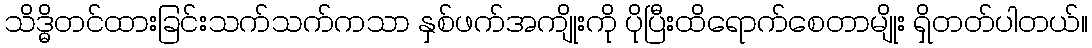
သိဒ္ဓိတင်ထားခြင်းသက်သက်ကသာ နှစ်ဖက်အကျိုးကို ပိုပြီးထိရောက်စေတာမျိုး ရှိတတ်ပါတယ်။